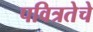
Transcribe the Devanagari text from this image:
पवित्रतेचे